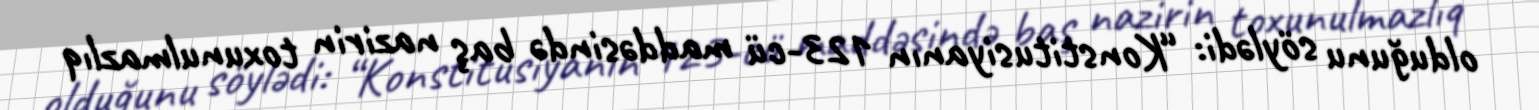
olduğunu söylədi: “Konstitusiyanın 123-cü maddəsində baş nazirin toxunulmazlıq